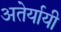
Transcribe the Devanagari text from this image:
अतेर्यायी